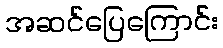
အဆင်ပြေကြောင်း